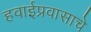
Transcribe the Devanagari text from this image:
हवाईप्रवासाचे